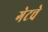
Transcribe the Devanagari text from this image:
गेटचे